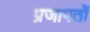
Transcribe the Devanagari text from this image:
प्रजापतों